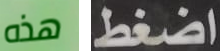
هذه اضغط